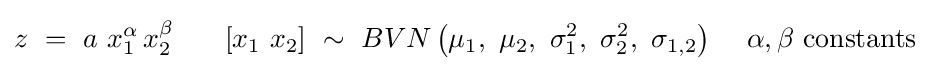
z\,\,=\,\,a\,\,x_{1}^{\alpha }\,x_{2}^{\beta }\,\,\,\,\,\,\,\,\,\,\left[{x_{1}\,\,x_{2}}\right]\,\,\sim \,\,BVN\left({\mu _{1},\,\,\mu _{2},\,\,\sigma _{1}^{2},\,\,\sigma _{2}^{2},\,\,\sigma _{1,2}}\right)\,\,\,\,\,\,\,\alpha ,\beta \,\,{\rm {constants}}